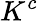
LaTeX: K^{c}